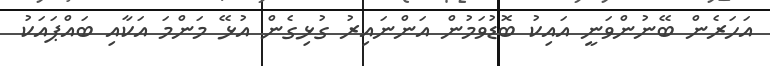
އަހަރެން ބޭނުންވަނީ އައިކު ބޮޑުވަމުން އަންނައިރު ގުޅިގެން އުޅޭ މަންމަ އަކާއި ބައްޕައަކު